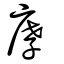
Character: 庨